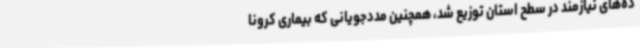
ده‌های نیازمند در سطح استان توزیع شد، همچنین مددجویانی که بیماری کرونا